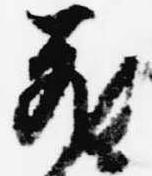
蔵